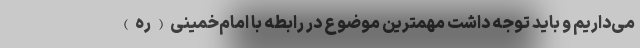
می‌داریم و باید توجه داشت مهمترین موضوع در رابطه با امام‌خمینی(ره)